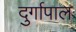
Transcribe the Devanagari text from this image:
दुर्गापाल